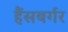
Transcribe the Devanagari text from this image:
हैंसबर्गर